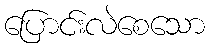
ပြောင်းလဲစေသော